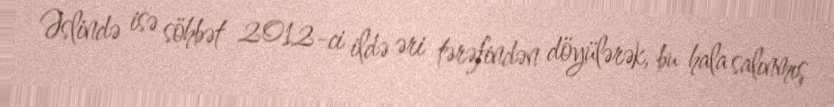
Əslində isə söhbət 2012-ci ildə əri tərəfindən döyülərək, bu hala salınmış